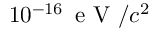
1 0 ^ { - 1 6 } \, \textrm { e V } / c ^ { 2 }